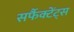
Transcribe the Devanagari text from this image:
सर्फैक्टेंट्स